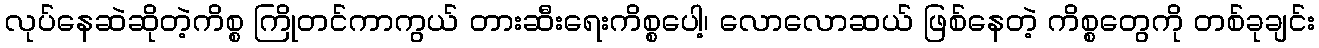
လုပ်နေဆဲဆိုတဲ့ကိစ္စ ကြိုတင်ကာကွယ် တားဆီးရေးကိစ္စပေါ့၊ လောလောဆယ် ဖြစ်နေတဲ့ ကိစ္စတွေကို တစ်ခုချင်း